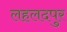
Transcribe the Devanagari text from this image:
लहलदपुर